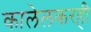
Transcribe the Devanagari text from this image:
कालेलकरही